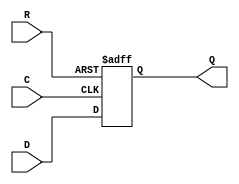
module _DFF_NP0_(D, Q, C, R);
input D, C, R;
output reg Q;
always @(negedge C or posedge R) begin
	if (R == 1)
		Q <= 0;
	else
		Q <= D;
end
endmodule